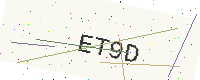
Text: ET9D